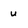
Character: u